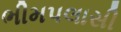
ભીમપલાસી